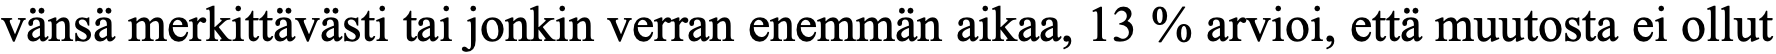
vänsä merkittävästi tai jonkin verran enemmän aikaa, 13 % arvioi, että muutosta ei ollut